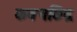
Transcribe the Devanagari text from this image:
कवचछिद्र